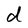
Character: d